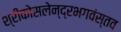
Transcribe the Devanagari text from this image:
श्रीकोसलेन्द्रभगवंस्तव